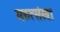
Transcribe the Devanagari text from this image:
मरुत्संखा